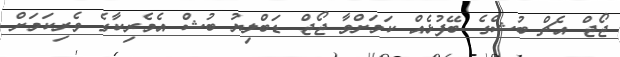
ޖޯޖް އެޗް ބުޝްގެ ބޭފުޅެއް ކަމަށްވާ ޖޯޖް ޑަބްލިޔު ބުޝް އެމެރިކާގެ ވެރިކަމަށް